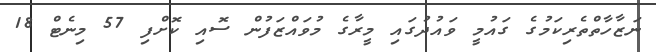
ނަޒާހާތްތެރިކަމުގެ ގައުމީ ވައުދުގައި މީރާގެ މުވައްޒަފުން ސޮއި ކޮށްފި 57 މިނެޓް 18